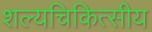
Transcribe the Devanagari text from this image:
शल्यचिकित्सीय